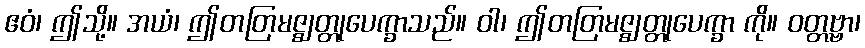
ဧဝံ၊ ဤသို့။ အယံ၊ ဤတတြမဇ္ဈတ္တုပေက္ခာသည်။ ဝါ၊ ဤတတြမဇ္ဈတ္တုပေက္ခာ ကို။ ဝတ္တဗ္ဗာ၊